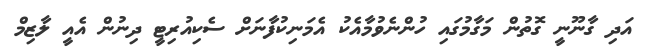
އަދި ގާނޫނީ ގޮތުން މަގާމުގައި ހުންނެވުމާއެކު އެމަނިކުފާނަށް ސެކިއުރިޓީ ދިނުން އެއީ ލާޒިމް